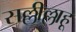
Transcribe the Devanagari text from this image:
सल्लील्लाहू